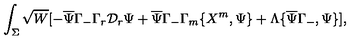
\int _ { \Sigma } \sqrt { W } [ - \overline { { \Psi } } \Gamma _ { - } \Gamma _ { r } \mathcal { D } _ { r } \Psi + \overline { { \Psi } } \Gamma _ { - } \Gamma _ { m } \{ X ^ { m } , \Psi \} + \Lambda \{ \overline { { \Psi } } \Gamma _ { - } , \Psi \} ] ,